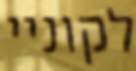
לקוניי